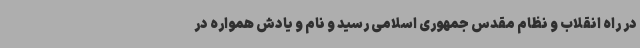
در راه انقلاب و نظام مقدس جمهوری اسلامی رسید و نام و یادش همواره در